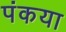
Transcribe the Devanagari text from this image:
पंकया